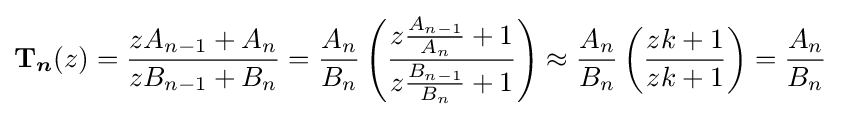
{\boldsymbol {\mathrm {T} }}_{\boldsymbol {n}}(z)={\frac {zA_{n-1}+A_{n}}{zB_{n-1}+B_{n}}}={\frac {A_{n}}{B_{n}}}\left({\frac {z{\frac {A_{n-1}}{A_{n}}}+1}{z{\frac {B_{n-1}}{B_{n}}}+1}}\right)\approx {\frac {A_{n}}{B_{n}}}\left({\frac {zk+1}{zk+1}}\right)={\frac {A_{n}}{B_{n}}}